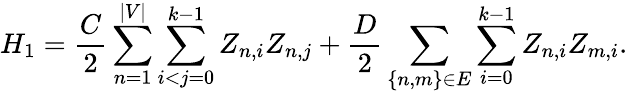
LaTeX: H_{1}=\frac{C}{2}\sum_{n=1}^{|V|}\sum_{i<j=0}^{k-1}Z_{n,i}Z_{n,j}+\frac{D}{2}\sum_{\{ n,m\} \in E}\sum_{i=0}^{k-1}Z_{n,i}Z_{m,i}.